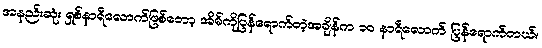
အနည်းဆုံး ရှစ်နာရီလောက်ဖြစ်တော့ အိမ်ကိုပြန်ရောက်တဲ့အချိန်က ၁၀ နာရီလောက် ပြန်ရောက်တယ်။